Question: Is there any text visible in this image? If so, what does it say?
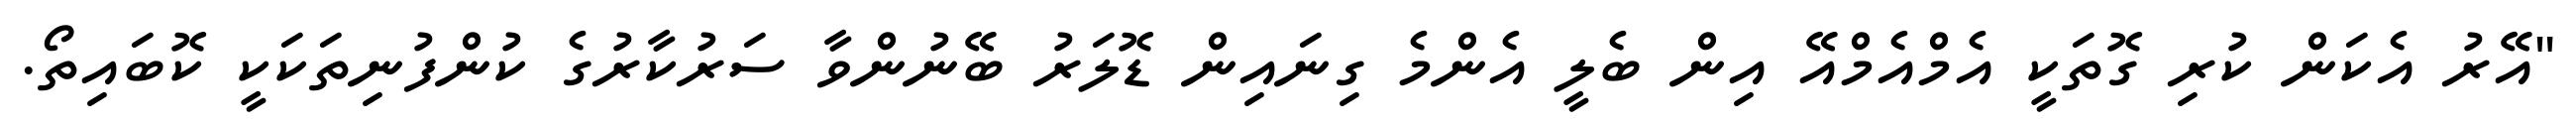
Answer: "އޭރު އެކަން ކުރި ގޮތަކީ އެމްއެމްއޭ އިން ބެލީ އެންމެ ގިނައިން ޑޮލަރު ބޭނުންވާ ސަރުކާރުގެ ކުންފުނިތަކަކީ ކޮބައިތޯ.